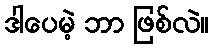
ဒါပေမဲ့ ဘာ ဖြစ်လဲ။